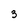
Character: 3